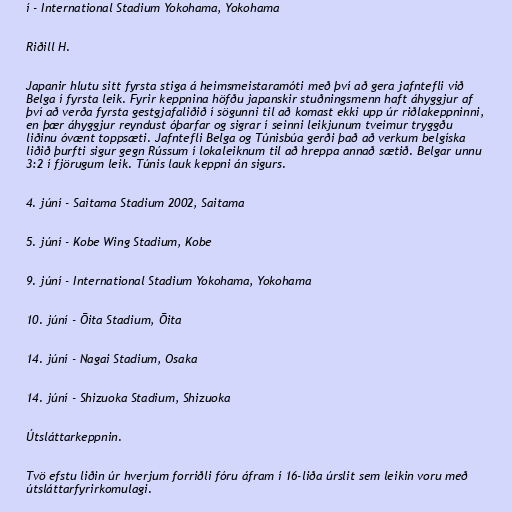
í - International Stadium Yokohama, Yokohama

Riðill H.

Japanir hlutu sitt fyrsta stiga á heimsmeistaramóti með því að gera jafntefli við
Belga í fyrsta leik. Fyrir keppnina höfðu japanskir stuðningsmenn haft áhyggjur af
því að verða fyrsta gestgjafaliðið í sögunni til að komast ekki upp úr riðlakeppninni,
en þær áhyggjur reyndust óþarfar og sigrar í seinni leikjunum tveimur tryggðu
liðinu óvænt toppsæti. Jafntefli Belga og Túnisbúa gerði það að verkum belgíska
liðið þurfti sigur gegn Rússum í lokaleiknum til að hreppa annað sætið. Belgar unnu
3:2 í fjörugum leik. Túnis lauk keppni án sigurs.

4. júní - Saitama Stadium 2002, Saitama

5. júní - Kobe Wing Stadium, Kobe

9. júní - International Stadium Yokohama, Yokohama

10. júní - Ōita Stadium, Ōita

14. júní - Nagai Stadium, Osaka

14. júní - Shizuoka Stadium, Shizuoka

Útsláttarkeppnin.

Tvö efstu liðin úr hverjum forriðli fóru áfram í 16-liða úrslit sem leikin voru með
útsláttarfyrirkomulagi.